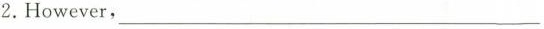
2.However, ____